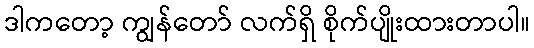
ဒါကတော့ ကျွန်တော် လက်ရှိ စိုက်ပျိုးထားတာပါ။